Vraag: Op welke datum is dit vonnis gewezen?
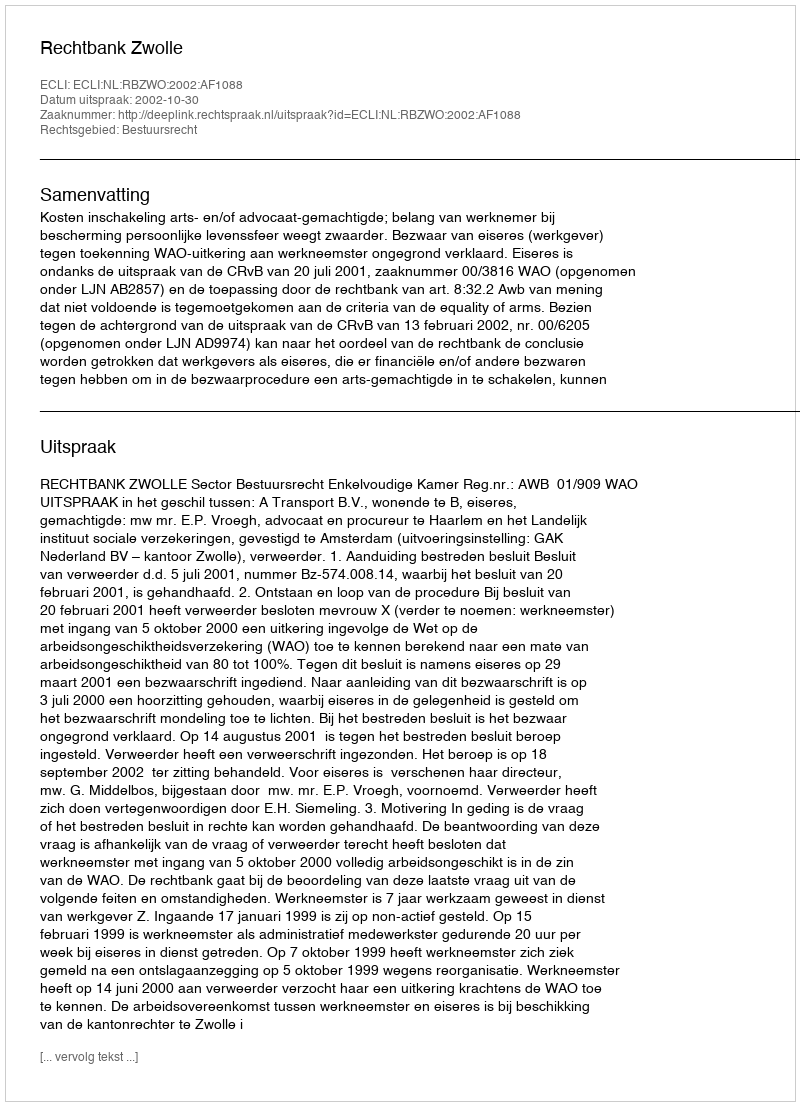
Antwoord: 2002-10-30